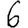
Digit: 6